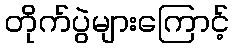
တိုက်ပွဲများကြောင့်